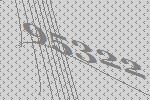
95322